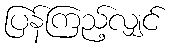
ပြန်ကြည့်လျှင်